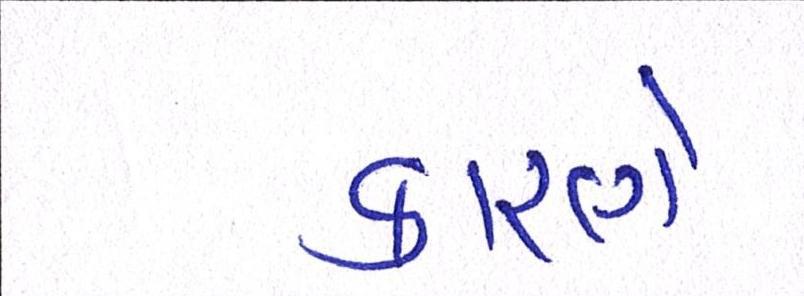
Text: કારણે